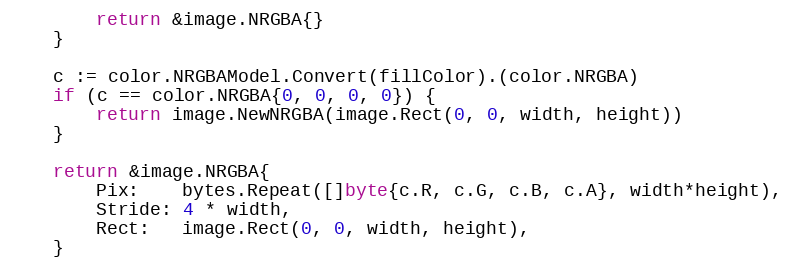
Language: Go
		return &image.NRGBA{}
	}

	c := color.NRGBAModel.Convert(fillColor).(color.NRGBA)
	if (c == color.NRGBA{0, 0, 0, 0}) {
		return image.NewNRGBA(image.Rect(0, 0, width, height))
	}

	return &image.NRGBA{
		Pix:    bytes.Repeat([]byte{c.R, c.G, c.B, c.A}, width*height),
		Stride: 4 * width,
		Rect:   image.Rect(0, 0, width, height),
	}